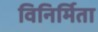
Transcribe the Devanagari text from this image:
विनिर्मिता